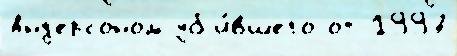
Анд'ерсоном уб'и́вшего от 1997